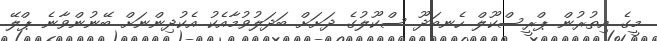
މީގެ އިތުރުން ޕްރީސްކޫލް ހެނބަދޫ ސްކޫލުގެ ދަށަށް ބަދަލުވުމާއެކު އެކުދިންނަށް ބޭނުންވާނެ ޕްލޭ